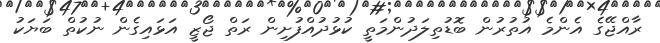
ރާއްޖޭގެ އެންމެ އުތުރުން ބޮޑުތިލަދުންމަތީ ކުޅުދުއްފުށިން ރަތް ޖޯޒީ އަޅައިގެން ނުކުތް ބަޔަކު